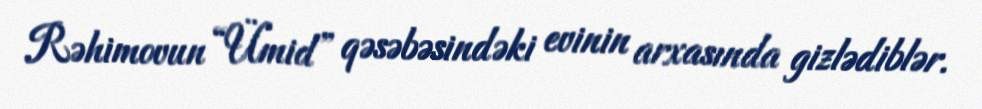
Rəhimovun “Ümid” qəsəbəsindəki evinin arxasında gizlədiblər.